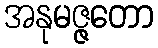
အနုမဇ္ဇတော